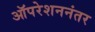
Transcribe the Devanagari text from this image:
ऑपरेशननंतर